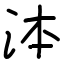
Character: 泍